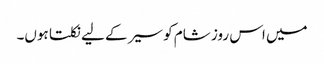
میں اس روز شام کو سیر کے لیے نکلتا ہوں۔